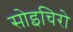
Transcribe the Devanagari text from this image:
सोइचिरो